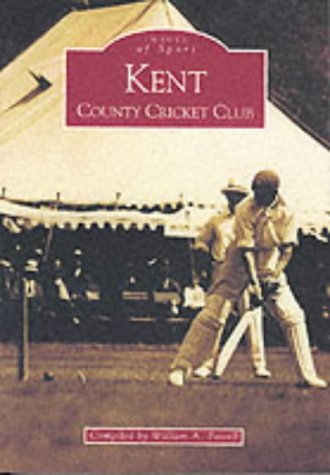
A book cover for Kent County Cricket Club (Images of Sport); Sports & Outdoors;